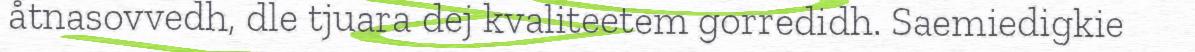
åtnasovvedh, dle tjuara dej kvaliteetem gorredidh. Saemiedigkie